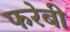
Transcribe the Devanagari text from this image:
फरेबी